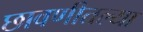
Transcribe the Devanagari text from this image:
छावणीतल्या